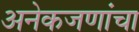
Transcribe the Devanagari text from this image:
अनेकजणांचा